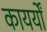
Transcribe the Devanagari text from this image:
कायर्यों